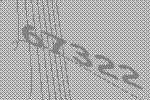
67322